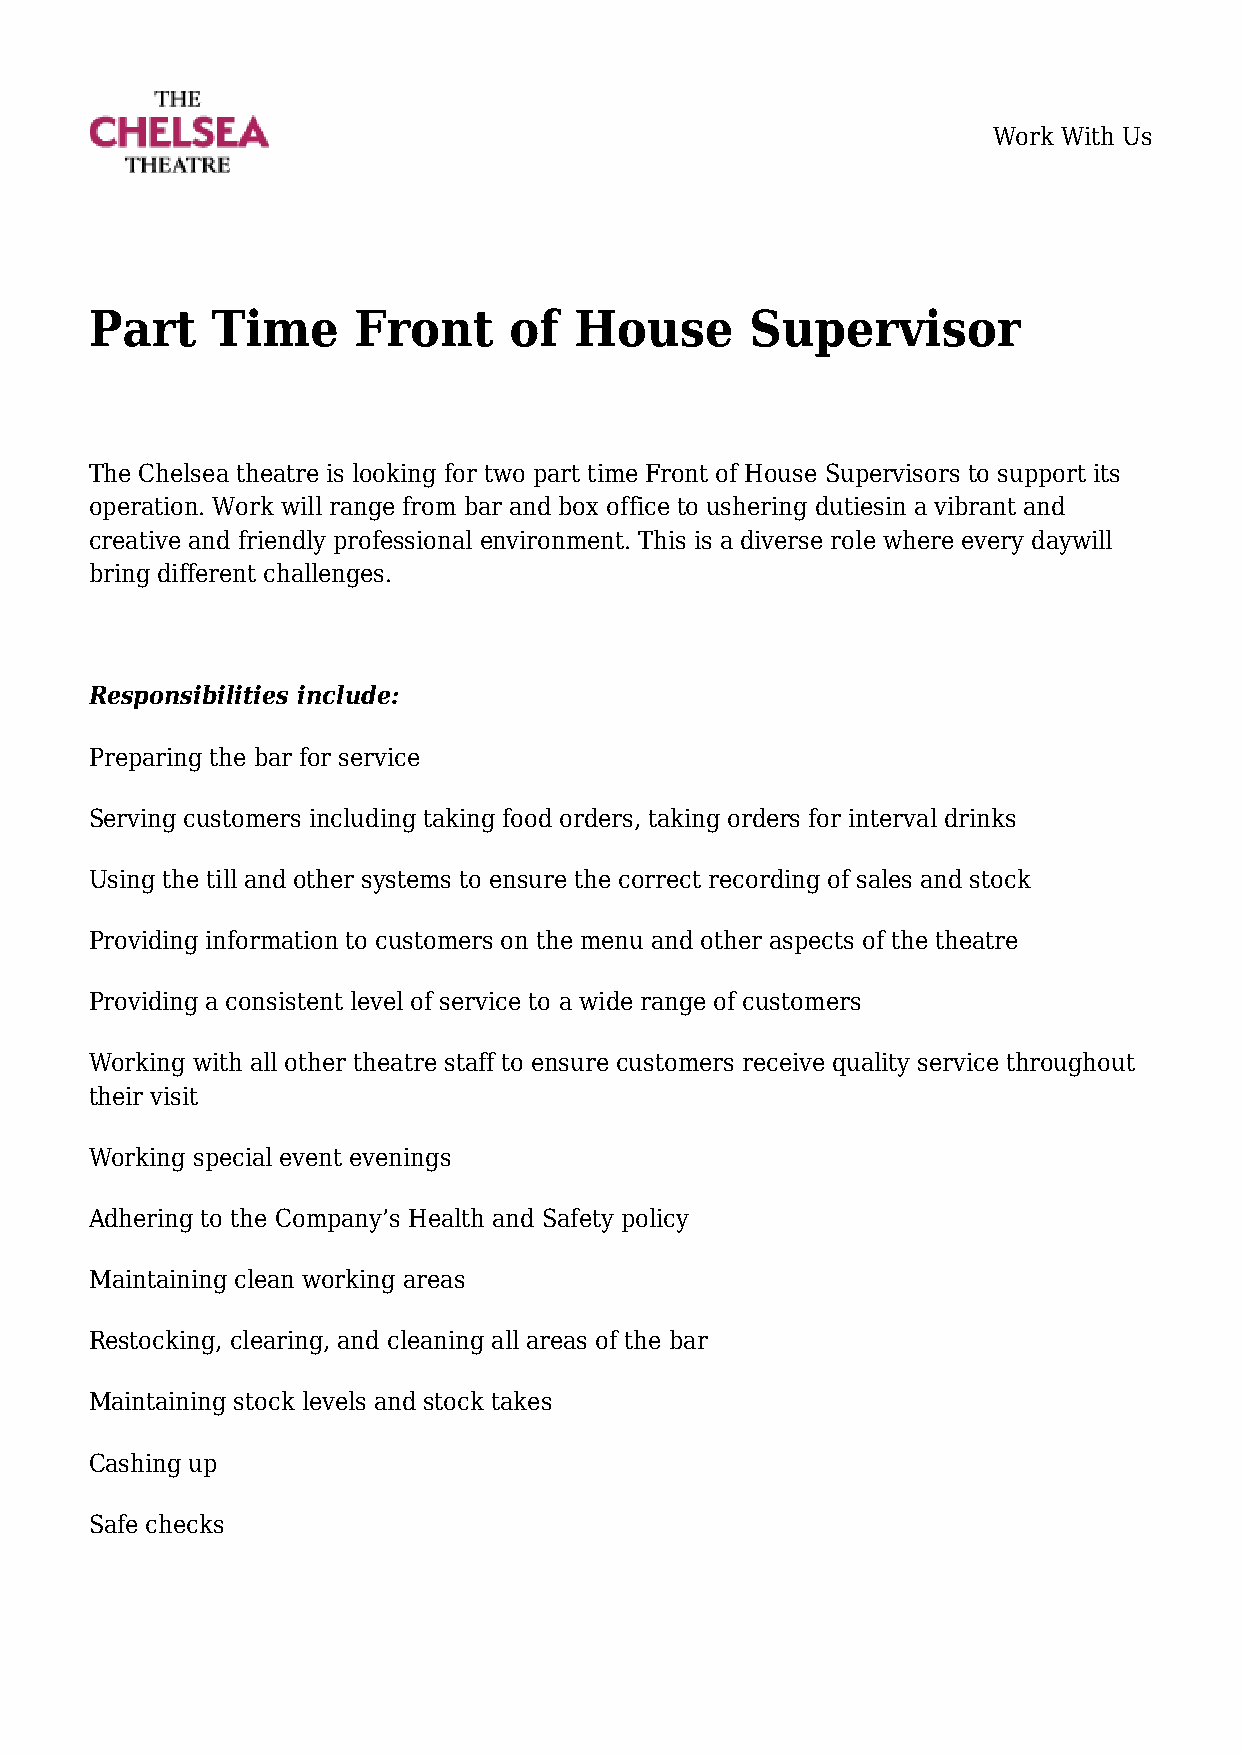
Work With Us
 Part    Time     Front      of  House       Supervisor
 The Chelsea theatre is looking for two part time Front of House Supervisors to support its
 operation. Work will range from bar and box office to ushering dutiesin a vibrant and
 creative and friendly professional environment. This is a diverse role where every daywill
 bring different challenges.
 Responsibilities include:
 Preparing the bar for service
 Serving customers including taking food orders, taking orders for interval drinks
 Using the till and other systems to ensure the correct recording of sales and stock
 Providing information to customers on the menu and other aspects of the theatre
 Providing a consistent level of service to a wide range of customers
 Working with all other theatre staff to ensure customers receive quality service throughout
 their visit
 Working special event evenings
 Adhering to the Company’s Health and Safety policy
 Maintaining clean working areas
 Restocking, clearing, and cleaning all areas of the bar
 Maintaining stock levels and stock takes
 Cashing up
 Safe checks